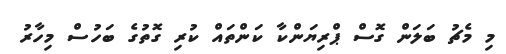
މި މެޗު ބަލަން ގޮސް ޕްރިޔަންކާ ކަންތައް ކުރި ގޮތުގެ ބަހުސް މިހާރު